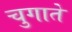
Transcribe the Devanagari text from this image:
चुगाते